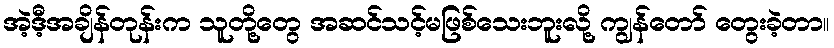
အဲ့ဒီ့အချိန်တုန်းက သူတို့တွေ အဆင်သင့်မဖြစ်သေးဘူးလို့ ကျွန်တော် တွေးခဲ့တာ။